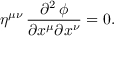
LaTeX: \eta ^ { \mu \nu } \, { \frac { \partial ^ { 2 } \, \phi } { \partial x ^ { \mu } \partial x ^ { \nu } } } = 0 .